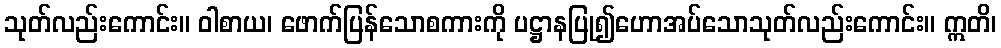
သုတ်လည်းကောင်း။ ဝါစာယ၊ ဖောက်ပြန်သောစကားကို ပဋ္ဌာနပြု၍ဟောအပ်သောသုတ်လည်းကောင်း။ ဣတိ၊